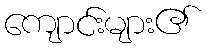
ကျောင်းများ၏